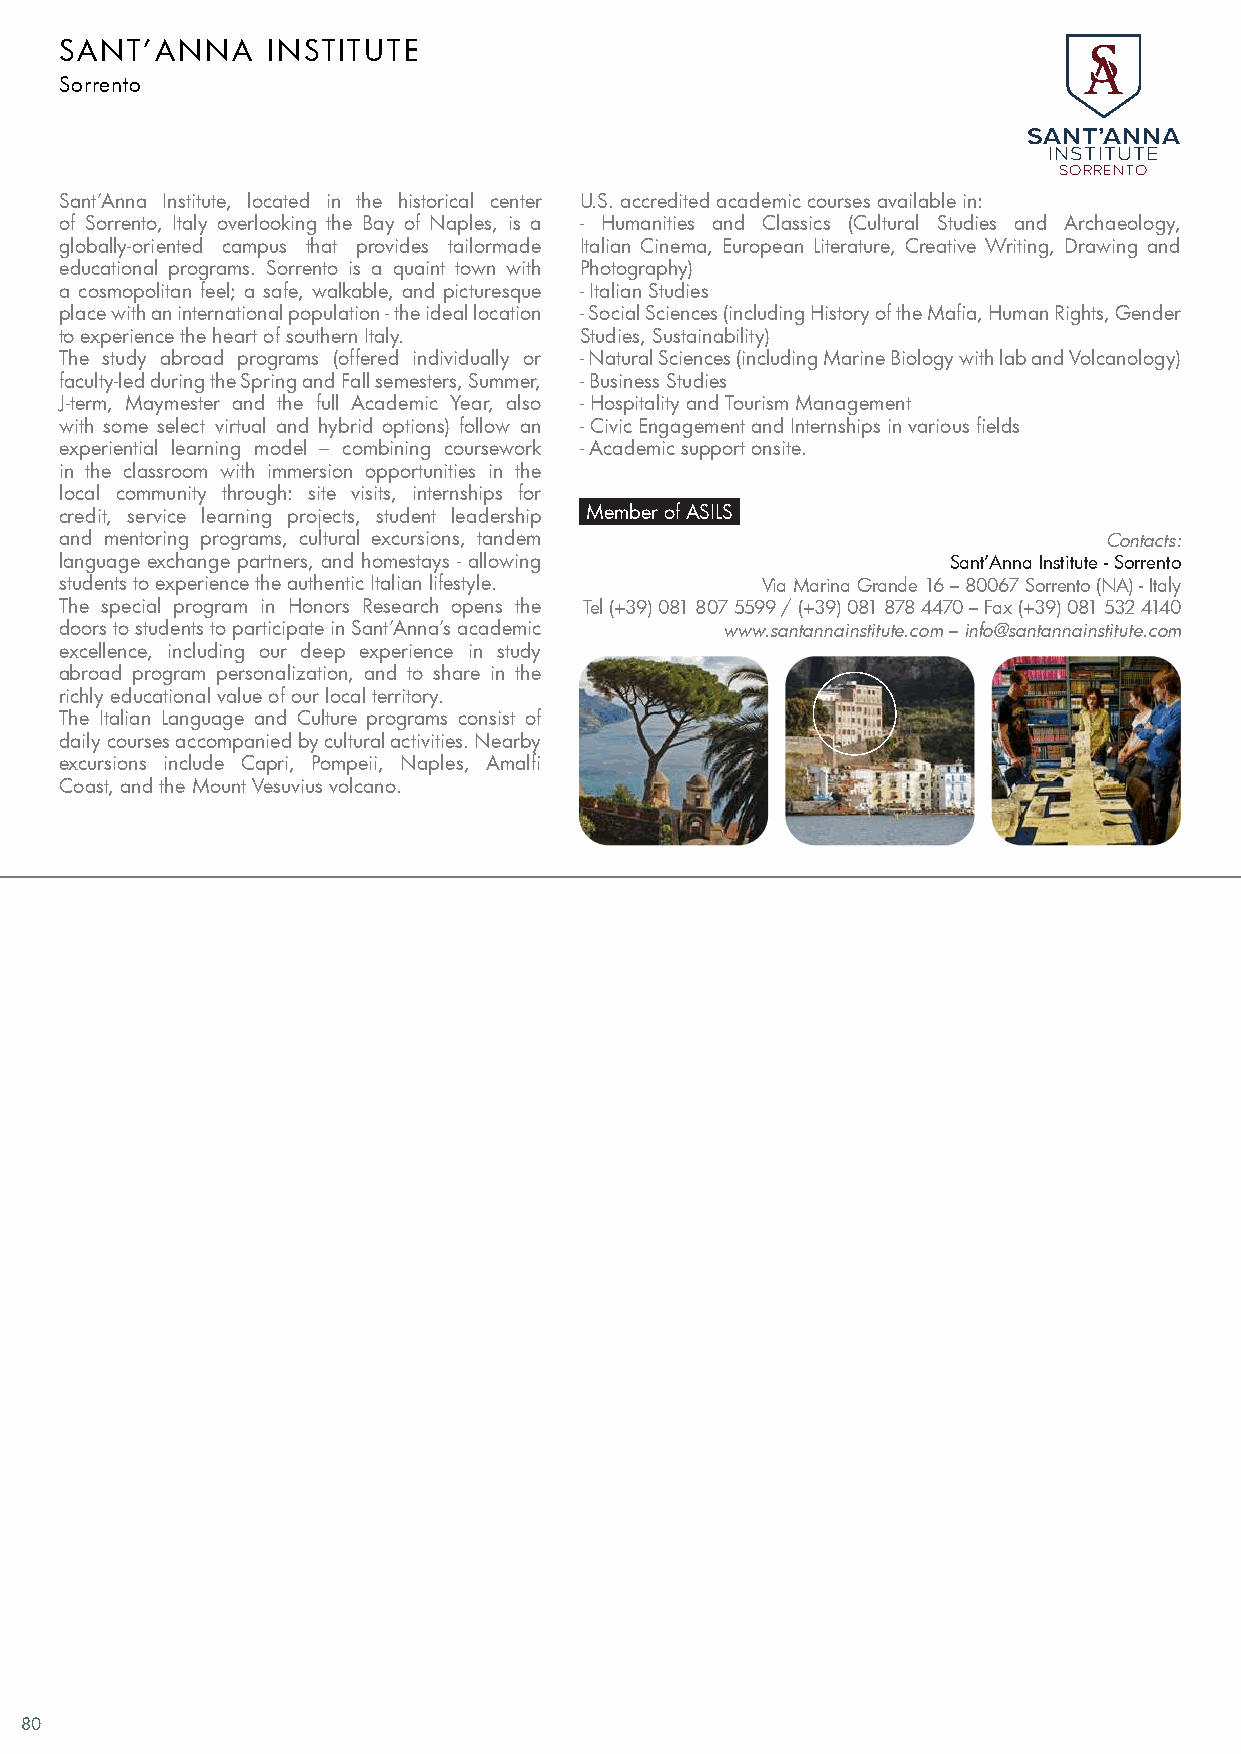
SANT’ANNA     INSTITUTE
 Sorrento
 SANT’ANNA
 INSTITUTE
 SORRENTO
 Sant’Anna Institute, located in the historical center U.S. accredited academic courses available in:
 of Sorrento, Italy overlooking the Bay of Naples, is a - Humanities and Classics (Cultural Studies and Archaeology,
 globally-oriented campus that provides tailormade Italian Cinema, European Literature, Creative Writing, Drawing and
 educational programs. Sorrento is a quaint town with Photography)
 a cosmopolitan feel; a safe, walkable, and picturesque - Italian Studies
 place with an international population - the ideal location - Social Sciences (including History of the Mafia, Human Rights, Gender
 to experience the heart of southern Italy. Studies, Sustainability)
 The study abroad programs (offered individually or - Natural Sciences (including Marine Biology with lab and Volcanology)
 faculty-led during the Spring and Fall semesters, Summer, - Business Studies
 J-term, Maymester and the full Academic Year, also - Hospitality and Tourism Management
 with some select virtual and hybrid options) follow an - Civic Engagement and Internships in various fields
 experiential learning model – combining coursework - Academic support onsite.
 in the classroom with immersion opportunities in the
 local community through: site visits, internships for
 credit, service learning projects, student leadership Member of ASILS
 and mentoring programs, cultural excursions, tandem                  Contacts:
 language exchange partners, and homestays - allowing       Sant’Anna Institute - Sorrento
 students to experience the authentic Italian lifestyle. Via Marina Grande 16 – 80067 Sorrento (NA) - Italy
 The special program in Honors Research opens the Tel (+39) 081 807 5599 / (+39) 081 878 4470 – Fax (+39) 081 532 4140
 doors to students to participate in Sant’Anna’s academic www.santannainstitute.com – info@santannainstitute.com
 excellence, including our deep experience in study
 abroad program personalization, and to share in the
 richly educational value of our local territory.
 The Italian Language and Culture programs consist of
 daily courses accompanied by cultural activities. Nearby
 excursions include Capri, Pompeii, Naples, Amalfi
 Coast, and the Mount Vesuvius volcano.
 80